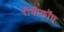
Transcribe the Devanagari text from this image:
रोबोकॉप